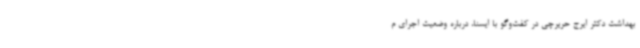
بهداشت دکتر ایرج حریرچی در کفت‌وگو با ایسنا، درباره وضعیت اجرای م